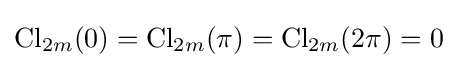
\operatorname {Cl} _{2m}(0)=\operatorname {Cl} _{2m}(\pi )=\operatorname {Cl} _{2m}(2\pi )=0